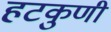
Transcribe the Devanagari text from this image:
हटकुणी